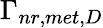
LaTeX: \Gamma_{nr,met,D}